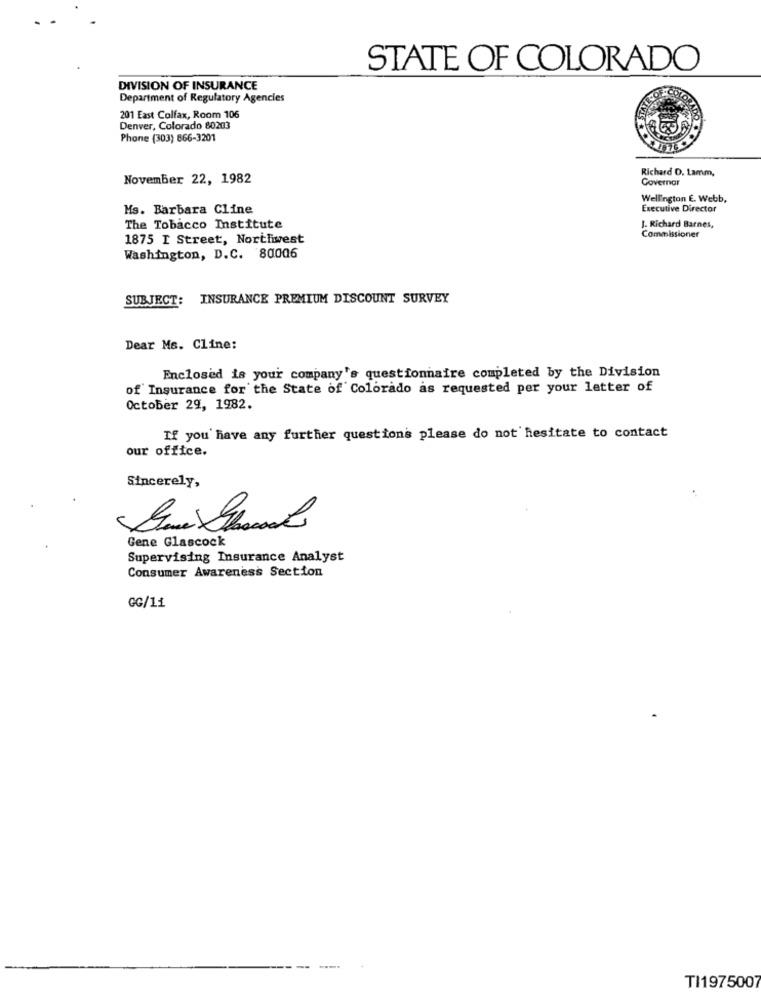
STATE OF COLORADO
DIVISION OF INSURANCE
Department of Regulatory Agencies
201 East Colfax, Room 106
RADO
Denver, Colorado 80203
Phone (303) 866-3201
Richard D. Lamm,
November 22, 1982
Governar
Wellington E. Webb,
Ms. Barbara Cline
Executive Director
The Tobacco Institute
J. Richard Barnes,
1875 I Street, Northwest
Commissioner
Washington, D.C. 80006
SUBJECT: INSURANCE PREMIUM DISCOUNT SURVEY
Dear Ms. Cline:
Enclosed is your company's questionnaire completed by the Division
of Insurance for the State of Colorado as requested per your letter of
October 29, 1982.
If you have any further questions please do not hesitate to contact
our office.
Sincerely,
Gene Glascock
Supervising Insurance Analyst
Consumer Awareness Section
GG/11
TI1975007